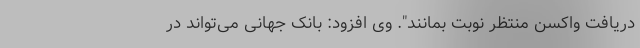
دریافت واکسن منتظر نوبت بمانند". وی افزود: بانک جهانی می‌تواند در